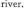
river,